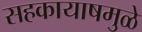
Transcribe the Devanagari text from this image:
सहकायाषमुळे